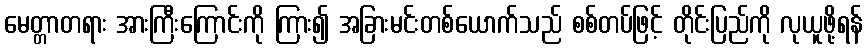
မေတ္တာတရား အားကြီးကြောင်းကို ကြား၍ အခြားမင်းတစ်ယောက်သည် စစ်တပ်ဖြင့် တိုင်းပြည်ကို လုယူဖို့ရန်